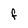
Character: f